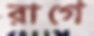
রাগে